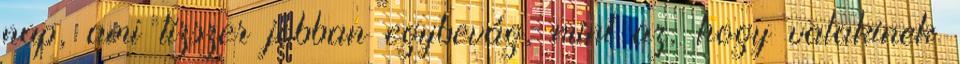
nap, ami tízszer jobban egybevág, mint az, hogy valakinek